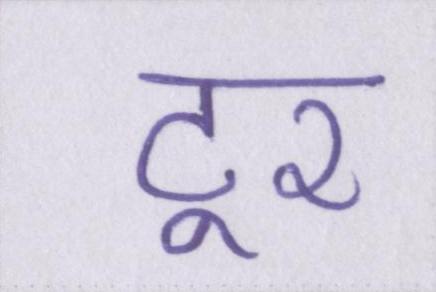
टूर